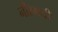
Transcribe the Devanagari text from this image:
नीरमयी